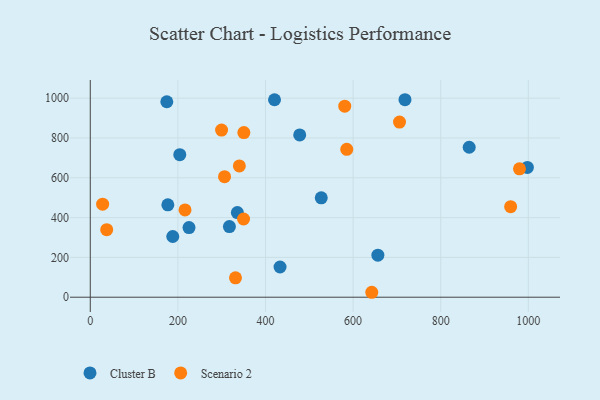
{"axis": {"x": "Engine Size", "y": "Salary"}, "legend": ["Cluster B", "Scenario 2"], "data": [{"x": "335.8", "y": 425.2, "type": "Cluster B"}, {"x": "718.4", "y": 992.3, "type": "Cluster B"}, {"x": "225.4", "y": 349.7, "type": "Cluster B"}, {"x": "420.6", "y": 992.1, "type": "Cluster B"}, {"x": "204.3", "y": 716.1, "type": "Cluster B"}, {"x": "433.2", "y": 151.7, "type": "Cluster B"}, {"x": "656.5", "y": 211.4, "type": "Cluster B"}, {"x": "317.6", "y": 354.8, "type": "Cluster B"}, {"x": "188.3", "y": 305.0, "type": "Cluster B"}, {"x": "177.1", "y": 464.4, "type": "Cluster B"}, {"x": "865.0", "y": 753.6, "type": "Cluster B"}, {"x": "527.3", "y": 499.6, "type": "Cluster B"}, {"x": "478.1", "y": 815.3, "type": "Cluster B"}, {"x": "174.7", "y": 982.1, "type": "Cluster B"}, {"x": "997.8", "y": 652.0, "type": "Cluster B"}, {"x": "642.6", "y": 24.8, "type": "Scenario 2"}, {"x": "299.7", "y": 839.8, "type": "Scenario 2"}, {"x": "705.9", "y": 880.1, "type": "Scenario 2"}, {"x": "585.5", "y": 743.0, "type": "Scenario 2"}, {"x": "331.5", "y": 97.6, "type": "Scenario 2"}, {"x": "580.9", "y": 959.7, "type": "Scenario 2"}, {"x": "306.5", "y": 605.7, "type": "Scenario 2"}, {"x": "959.6", "y": 454.7, "type": "Scenario 2"}, {"x": "979.8", "y": 645.1, "type": "Scenario 2"}, {"x": "350.6", "y": 827.0, "type": "Scenario 2"}, {"x": "349.9", "y": 393.1, "type": "Scenario 2"}, {"x": "216.3", "y": 438.6, "type": "Scenario 2"}, {"x": "37.5", "y": 339.2, "type": "Scenario 2"}, {"x": "28.2", "y": 467.7, "type": "Scenario 2"}, {"x": "340.3", "y": 659.5, "type": "Scenario 2"}]}